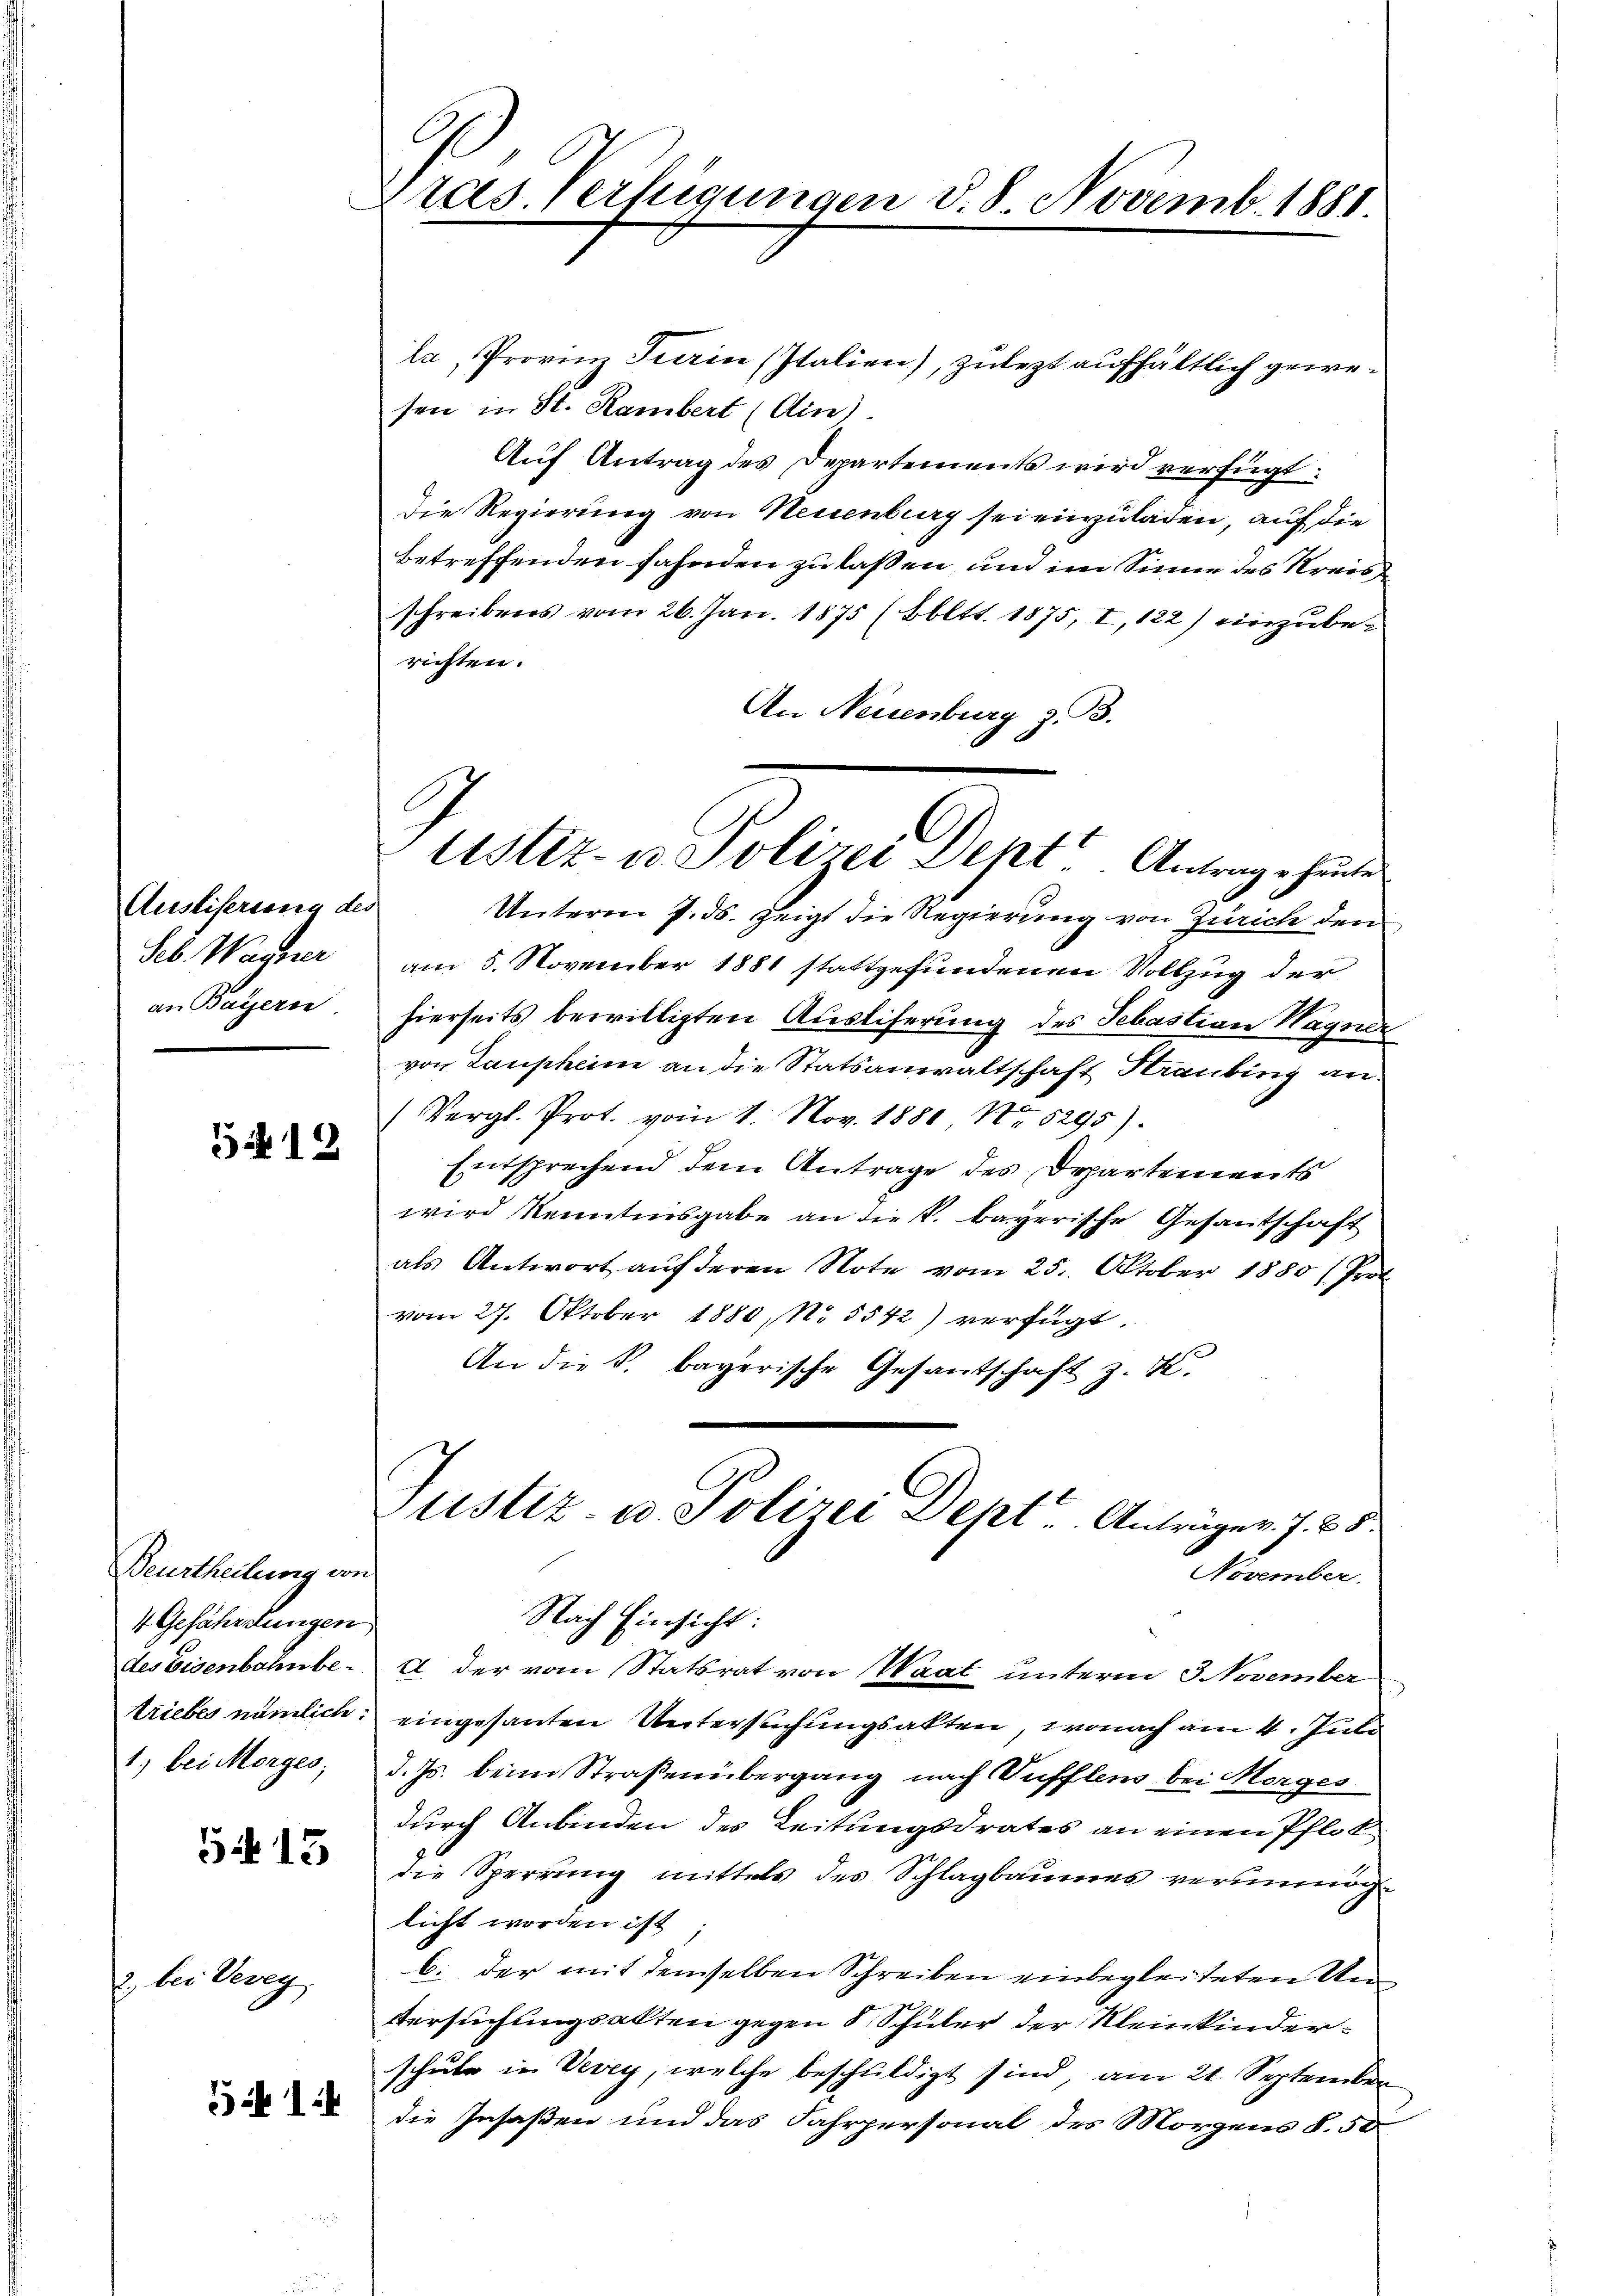
Ausliserung des
Seb. Wagner
an Bayern

2. bei Vevey

5412

Deurtheilung von
4 Gefährstungen
des Eisenbahn betriebes nämlich:
1.) bei Morges;

5415

51

Gras. Verfügungen d. 8. Novemb. 1881.

la Provinz Tarin (Italien), zulezt aufhältlich gewesen in St. Rambert (Ain)
Auf Antrag des Departements wird verfügt:
Die Regierung von Neuenburg sei einzuladen, auf die
betreffenden fahnden zu laßen, und im Sinne des Kreis
schreibens vom 26. Jan. 1875 (Bbltt. 1875, I, 122) einzuberichten.
An Neuenburg z. B.
Unterm 7. ds. zeigt die Regierung von Zürich den
am 5. November 1881 stattgefundenen Vollzug der
hierseits bewilligten Austiferung des Sebastian Wagner
von Laupheim an die Statsanwaltschaft Straubing an.
Vergl. Prot. vom 1. Nov. 1881 No 5295)
Entsprechend dem Antrage des Departements
wird kenntinsgabe an die k. bayerische Gesantschaft
als Antwort auf deren Note vom 25. Oktober 1880 / Prof.
vom 27. Oktober 1880, No 5542) verfügt.
An die S. bayerische Gesantschaft z. K.
tistiz- u. Polizei Deht u. Anträger. f. 88.
November.
Nach Einsicht:
A. der vom Statsrat von Waat unterm 3 November
eingesanten Untersuchungsakten, wonach am 4. Juli
d. Js. beim Straßenübergang nach Sufflen bei Horges
durch Anbinden des Leitungsdrates an einen Pflot
die Sperrung mittels des Schlagbaumes verunmöglicht worden ist
b. der mit demselben Schreiben einbegleiteten Un
Versuchungsakten gegen 8 Schüler der Kleinkinderschule in Vevey, welche beschuldigt sind, am 21. September
die Insaßen und das Fahrpersonal des Morgens §. 50

Ustiz- u. Polizei Dept. Antrage heute

.